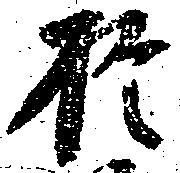
於